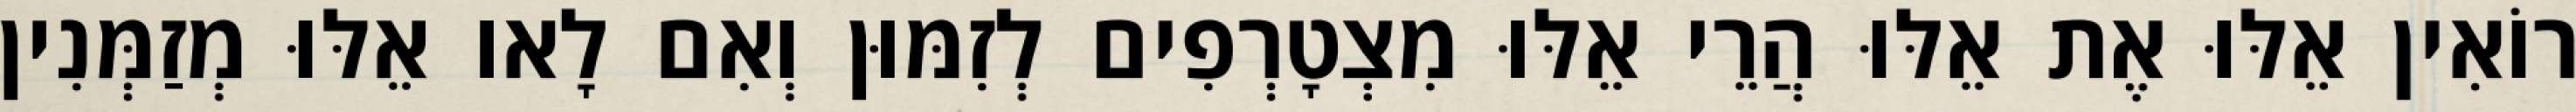
רוֹאִין אֵלּוּ אֶת אֵלּוּ הֲרֵי אֵלּוּ מִצְטָרְפִים לְזִמּוּן וְאִם לָאו אֵלּוּ מְזַמְּנִין